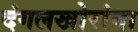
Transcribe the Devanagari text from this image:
दंगलखोरांना